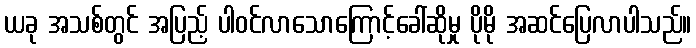
ယခု အသစ်တွင် အပြည့် ပါဝင်လာသောကြောင့်ခေါ်ဆိုမှု ပိုမို အဆင်ပြေလာပါသည်။